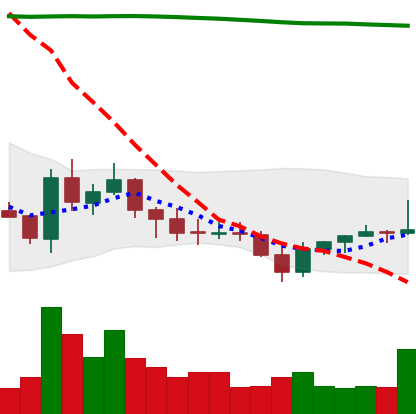
Ticker: EOS-USD
Chart end date: 2021-07-26
Forward return: 10.809%
Label: up_7plus